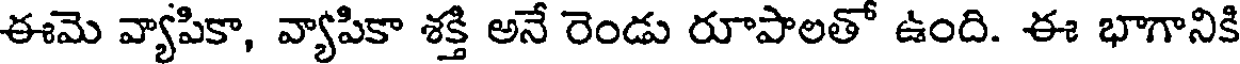
ఈమె వ్యాపికా, వ్యాపికా శక్తి అనే రెండు రూపాలతో ఉంది. ఈ భాగానికి